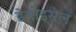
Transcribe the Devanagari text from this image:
डेमोइसेल